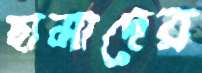
ছামাদের